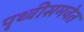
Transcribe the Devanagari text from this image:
पृथ्वीसमवेत